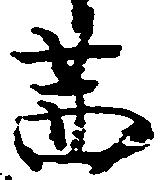
茜